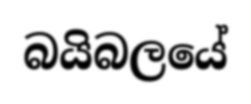
බයිබලයේ